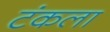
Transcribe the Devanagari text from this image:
टंकला